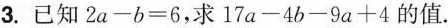
3.已知$$2a-b=6$$，求$$17a-4b-9a+4$$的值.